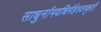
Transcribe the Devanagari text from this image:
साधुर्नामवधिर्महेश्‍वरकृती